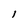
Character: l